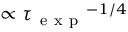
\propto { \tau _ { \mathrm { ~ e ~ x ~ p ~ } } } ^ { - 1 / 4 }